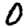
Digit: 0